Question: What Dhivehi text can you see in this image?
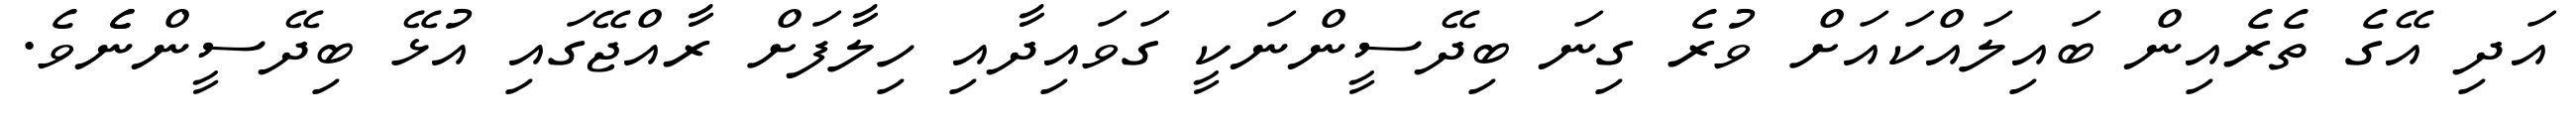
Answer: އަދި އޭގެ ތެރެއިން ބައިލައްކައަށް ވުރެ ގިނަ ބިދޭސީންނަކީ ގަވައިދާއި ހިލާފަށް ރާއްޖޭގައި އުޅޭ ބިދޭސީންނެެވެ.